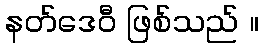
နတ်ဒေဝီ ဖြစ်သည် ။